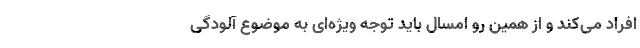
افراد می‌کند و از همین رو امسال باید توجه ویژه‌ای به موضوع آلودگی